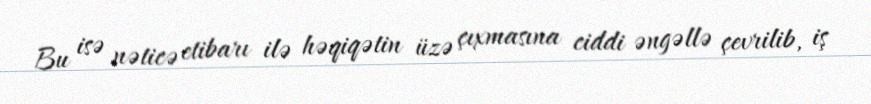
Bu isə nəticə etibarı ilə həqiqətin üzə çıxmasına ciddi əngəllə çevrilib, iş